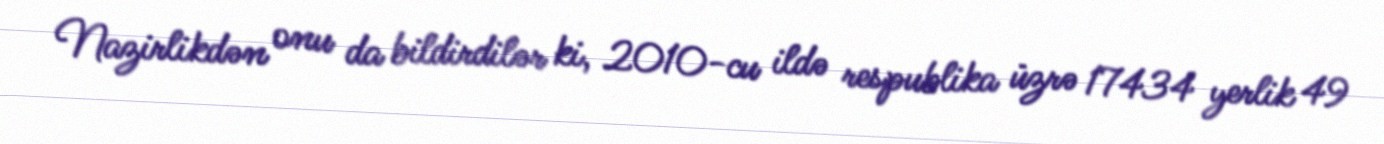
Nazirlikdən onu da bildirdilər ki, 2010-cu ildə respublika üzrə 17434 yerlik 49